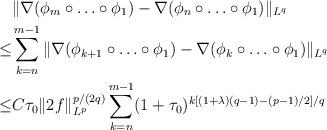
LaTeX: \begin{align*}&\|\nabla (\phi_{m} \circ \ldots \circ \phi_1)-\nabla (\phi_n \circ \ldots \circ \phi_1)\|_{L^{q}}\\\leq &\sum_{k=n}^{m-1}\|\nabla (\phi_{k+1} \circ \ldots \circ \phi_1)-\nabla (\phi_k \circ \ldots \circ \phi_1)\|_{L^{q}}\\\leq & C\tau_0\|2f\|_{L^p}^{p/(2q)}\sum_{k=n}^{m-1}(1+\tau_0)^{k[(1+\lambda)(q-1)-(p-1)/2]/q}\end{align*}